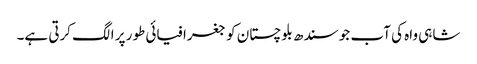
شاہی واہ کی آب جو سندھ بلوچستان کو جغرافیائی طور پر الگ کرتی ہے۔